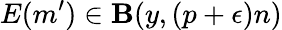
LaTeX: E(m^{\prime})\in\mathbf{B}(y,(p+\epsilon)n)